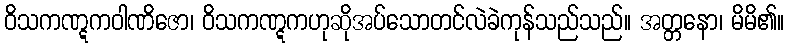
ဝိသကဏ္ဋကဝါဏိဇော၊ ဝိသကဏ္ဋကဟုဆိုအပ်သောတင်လဲခဲကုန်သည်သည်။ အတ္တနော၊ မိမိ၏။